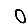
Digit: 0